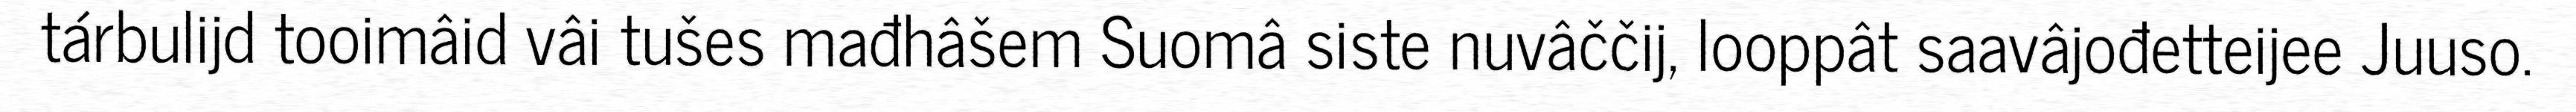
tárbulijd tooimâid vâi tušes mađhâšem Suomâ siste nuvâččij, looppât saavâjođetteijee Juuso.